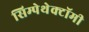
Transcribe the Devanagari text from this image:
सिम्पेथेक्टॉमी